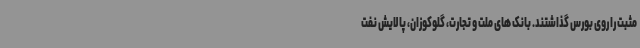
مثبت را روی بورس گذاشتند. بانک های ملت و تجارت، گلوکوزان، پالایش نفت